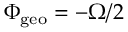
\Phi _ { \mathrm { g e o } } = - \Omega / 2